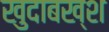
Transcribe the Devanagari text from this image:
खुदाबख्श